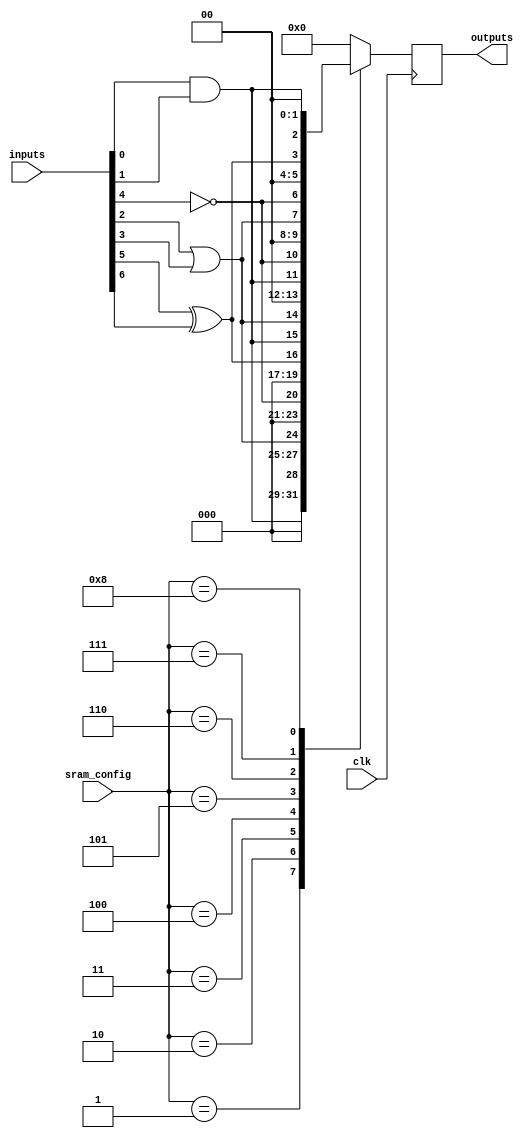
module CLB (
    input wire [7:0] inputs,          // 8 input pins
    input wire [3:0] sram_config,     // SRAM configuration signals
    input wire clk,                   // Global clock signal
    output reg [3:0] outputs          // 4 output pins
);

// Internal signals for logic gates
wire and_out, or_out, not_out, xor_out;

// Logic gate implementations
assign and_out = inputs[0] & inputs[1]; // AND gate
assign or_out = inputs[2] | inputs[3];   // OR gate
assign not_out = ~inputs[4];              // NOT gate
assign xor_out = inputs[5] ^ inputs[6];   // XOR gate

// MUX to select output based on SRAM configuration
always @(posedge clk) begin
    case (sram_config)
        4'b0000: outputs <= 4'b0000; // No operation
        4'b0001: outputs <= {3'b000, and_out}; // AND output
        4'b0010: outputs <= {3'b000, or_out};  // OR output
        4'b0011: outputs <= {3'b000, not_out}; // NOT output
        4'b0100: outputs <= {3'b000, xor_out}; // XOR output
        4'b0101: outputs <= {and_out, or_out, 2'b00}; // AND and OR
        4'b0110: outputs <= {and_out, not_out, 2'b00}; // AND and NOT
        4'b0111: outputs <= {or_out, not_out, 2'b00}; // OR and NOT
        4'b1000: outputs <= {xor_out, and_out, 2'b00}; // XOR and AND
        // Add more configurations as needed
        default: outputs <= 4'b0000; // Default case
    endcase
end

endmodule